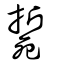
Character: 𣩂